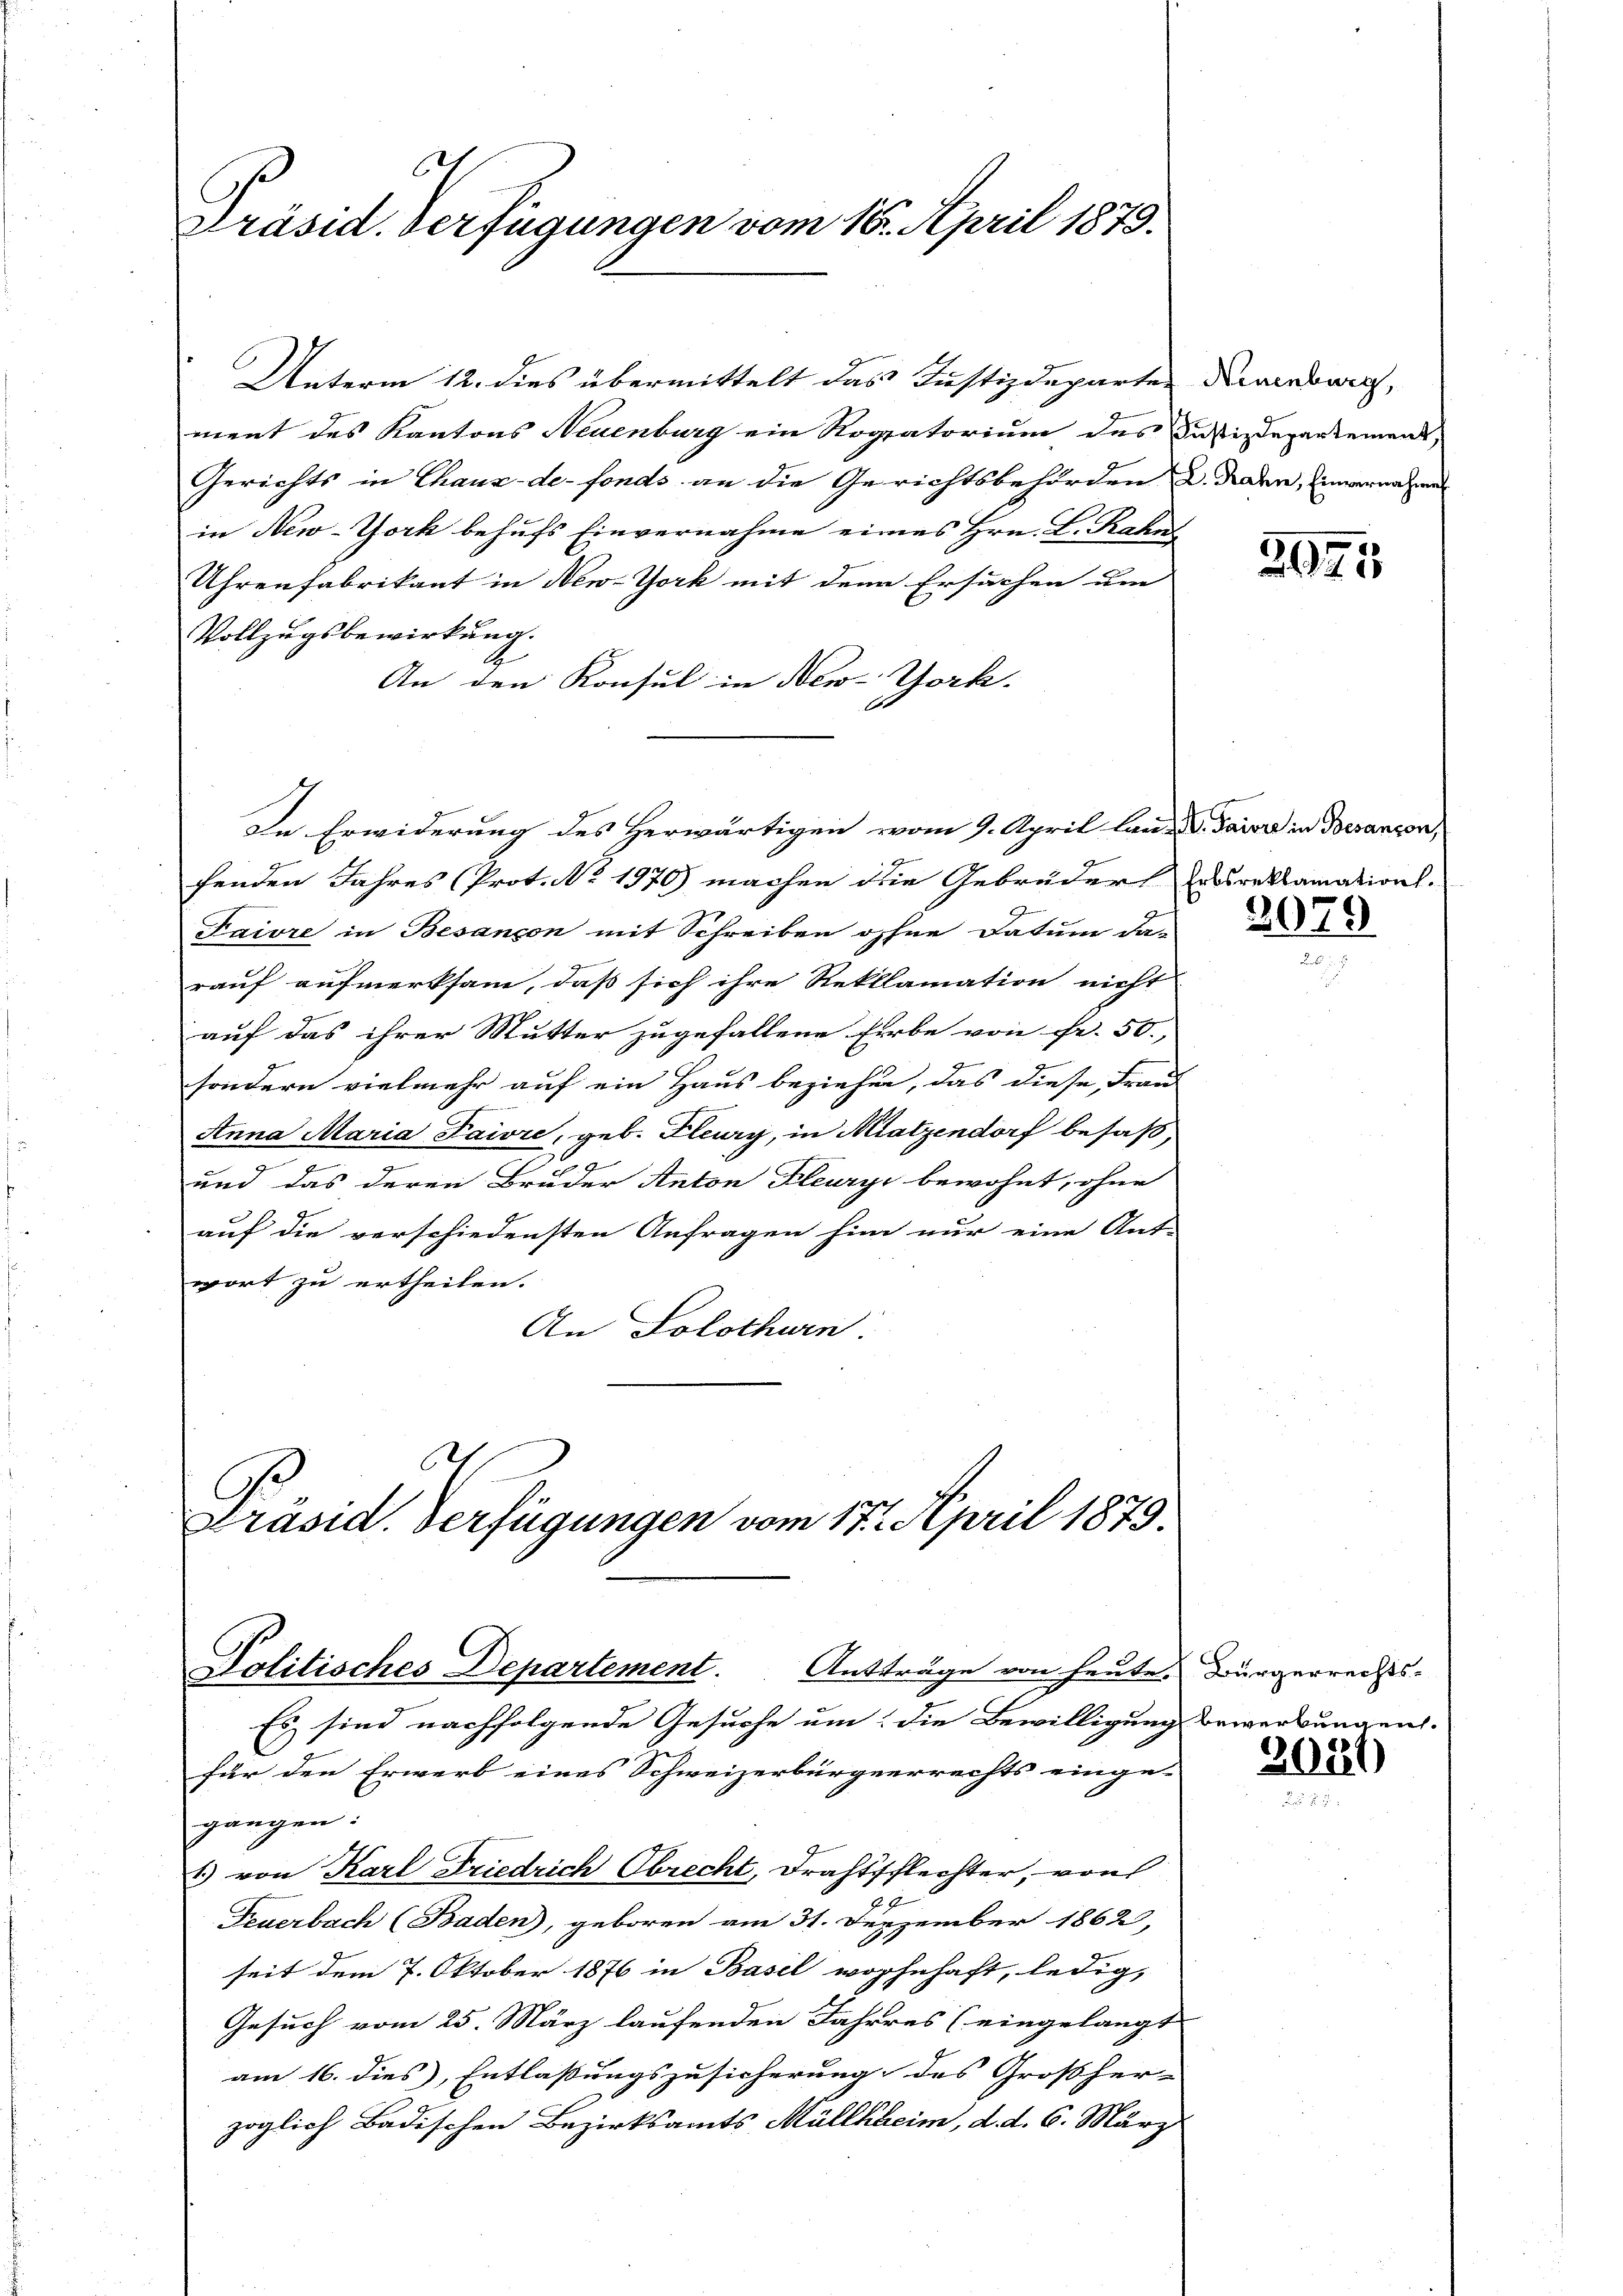
1
Präsid. Verfügungen vom 18. April 1879.

Unterm 12. dies übermittelt das Justizdeparten denerwach,
ment des Kantons Neuenburg ein Rogatorium des Justizdepartement
Gerichts in Chaux-de-Fonds an die Gerichtsbehörden u. Naden, Einvernahmen
in New-York behufs Einvernahme eines Hrn. L. Rahn
Uhrenfabrikant in New-York mit dem Ersuchen um
Vollzugsbewirkung.
An den Konsul in New-York.
fenden Jahres Prot. No. 1970) machen die Gebrüder Erbsreklamation.
Faivre in Besançon mit Schreiben ohne Datum da-
rauf aufmerksam, dass sich ihre Reklamation nicht
auf das ihrer Mutter zugefallene Erbe von Fr. 50.
sondern vielmehr auf ein Haus beziehen, das diese Frau
Anna Maria Pawre, geb. Flury, in Mlatzendorf besaß,
und das deren Bruder Anton Bleuryi bewohnt, ohne
auf die verschiedensten Anfragen hin nur eine Ant-
wort zu ertheilen.
An Solothurn

In Erwiderung des Herwärtigen vom 9. April land. Saiore in Besanzen,

E
Präsid. Verfügungen vom 17. April 1879.
Politisches Departement. Antträge von heute Bürgerrechts-

Es sind nachfolgende Gesuche um die Bewilligung bewerbungen.
für den Erwerb eines Schweizerbürgerrechts einge-
gangen:
1) von Karl Friedrich Obrecht, Drahtschlechter, von
G
Feuerbach (Baden, geboren am 31. Dezember 1862,
seit dem 7. Oktober 1876 in Basel wohnhaft, ledig,
Gesuch vom 25. März laufenden Jahres (eingelangt
am 16. dies, Entlaßungszusicherung des Grossher- |
zöglich Badischen Bezirksamts Müllkheim, d. d. 6. März

2075

2079

2021)